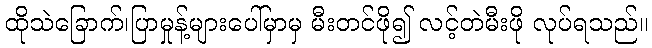
ထိုသဲခြောက်၊ပြာမှုန့်များပေါ်မှာမှ မီးတင်ဖို၍ လင့်တဲမီးဖို လုပ်ရသည်။